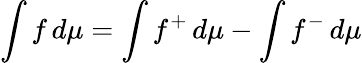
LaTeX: \int f\, d\mu=\int f^{+}\, d\mu-\int f^{-}\, d\mu